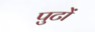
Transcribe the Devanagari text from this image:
पुटों